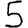
Digit: 5